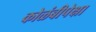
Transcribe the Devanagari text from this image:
कोळंबीपेक्षा